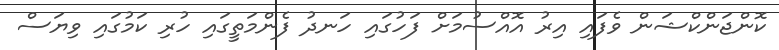
ކޮންޖަންކްޝަން ވެފައި އިރު އޮއްސުމަށް ފަހުގައި ހަނދު ފެންމަތީގައި ހުރި ކަމުގައި ވިޔަސް